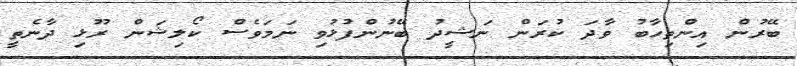
ބޭރުން އިންތިހާބު ވާދަ ކުރަން ނަޝީދު ބޭނުންފުޅުވި ނަމަވެސް ކޯލިޝަން ރޫޅި ދާނެތީ